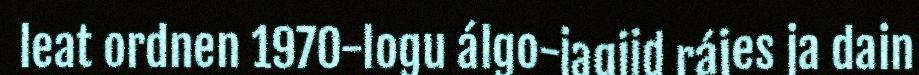
leat ordnen 1970-logu álgo-jagiid rájes ja dain